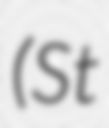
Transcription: (St